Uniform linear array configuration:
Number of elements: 32
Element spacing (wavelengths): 0.5
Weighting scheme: cosine
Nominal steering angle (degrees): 0
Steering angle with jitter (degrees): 0.5643
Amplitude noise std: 0.05
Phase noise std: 0.05

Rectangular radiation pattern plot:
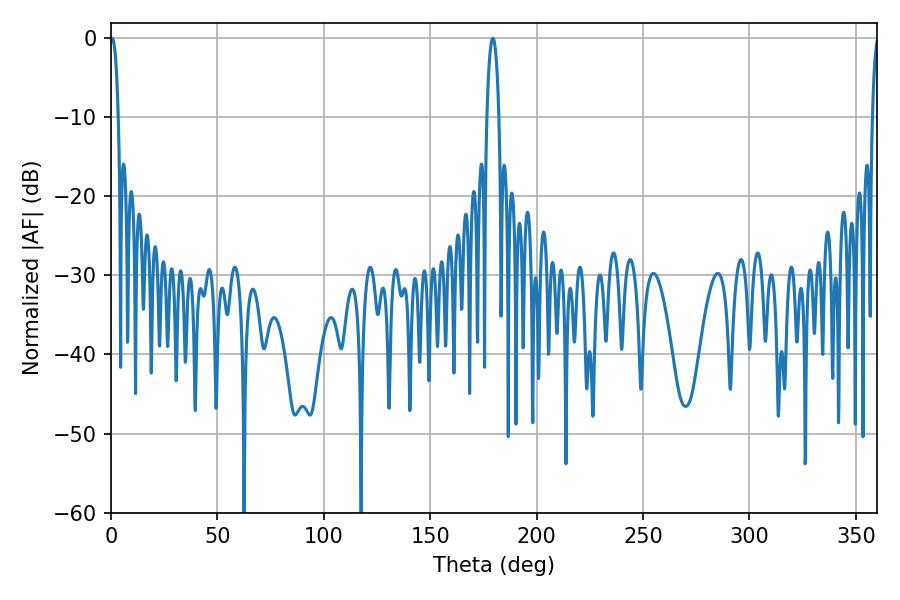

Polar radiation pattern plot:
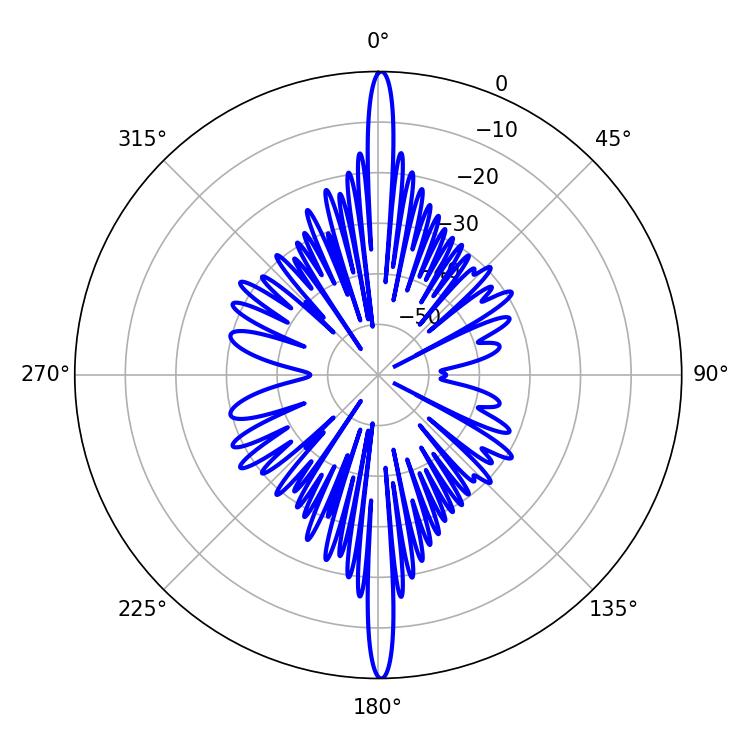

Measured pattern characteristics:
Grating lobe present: FALSE
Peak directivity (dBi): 33.688
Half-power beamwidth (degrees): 2.16
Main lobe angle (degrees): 0.54